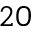
2 0